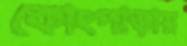
কোংপাড়ায়